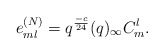
\begin{align*}e_{ml}^{(N)}=q^{\frac{-c}{24}}(q)_{\infty}C_m^l.\end{align*}